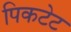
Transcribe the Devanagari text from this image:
पिकटेट